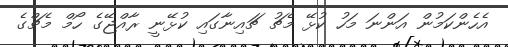
އެހެންކަމުން އަންނަ މަހު ކުޅޭ މެޗު ޗައިނާގައި ކުޅޭނީ ރާއްޖޭގެ ހޯމް މެޗްގެ